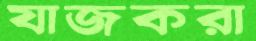
যাজকরা